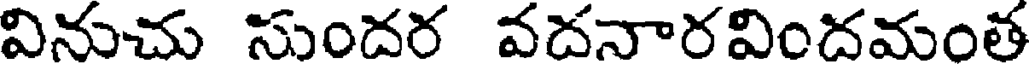
వినుచు సుందర వదనారవిందమంత